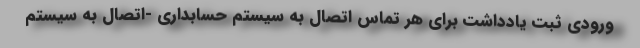
ورودی ثبت یادداشت برای هر تماس اتصال به سیستم حسابداری -اتصال به سیستم